Civil Veterinary Department. Madras. Admin. report 1910-25 - 1910-1925
Year: 1910
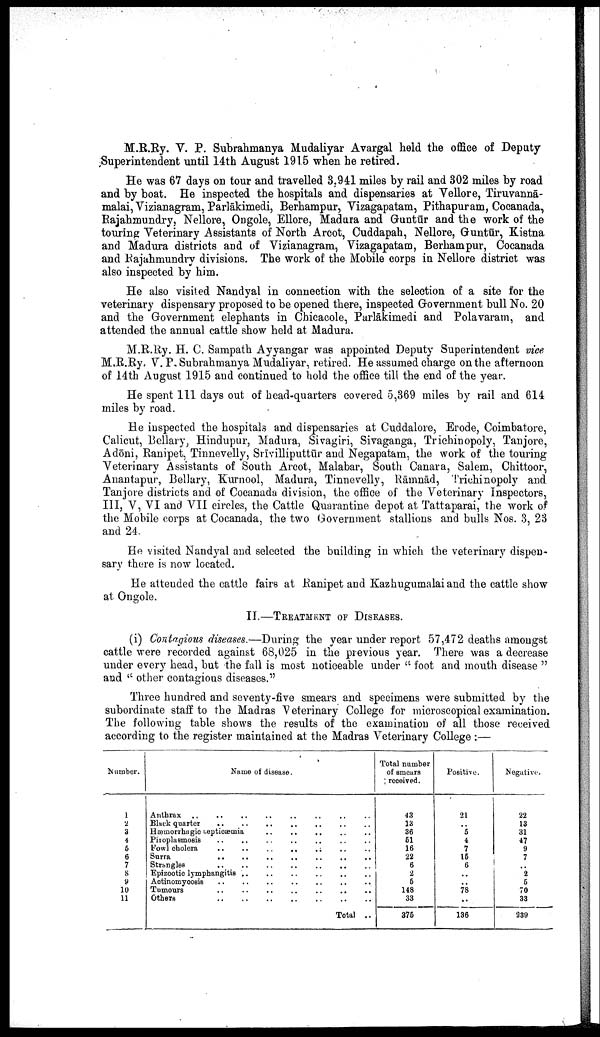
M.R.Ry. V. P. Subrahmanya Mudaliyar Avargal held the office of Deputy
Superintendent until 14th August 1915 when he retired.
He was 67 days on tour and travelled 3,941 miles by rail and 302 miles by road
and by boat. He inspected the hospitals and dispensaries at Vellore, Tiruvannā-
malai, Vizianagram, Parlākimedi, Berhampur, Vizagapatam, Pithapuram, Cocanada,
Rajahmundry, Nellore, Ongole, Ellore, Madura and Guntūr and the work of the
touring Veterinary Assistants of North Arcot, Cuddapah, Nellore, Guntūr, Kistna
and Madura districts and of Vizianagram, Vizagapatam, Berhampur, Cocanada
and Rajahmundry divisions. The work of the Mobile corps in Nellore district was
also inspected by him.
He also visited Nandyal in connection with the selection of a site for the
veterinary dispensary proposed to be opened there, inspected Government bull No. 20
and the Government elephants in Chicacole, Parlākimedi and Polavaram, and
attended the annual cattle show held at Madura.
M.R.Ry. H. C. Sampath Ayyangar was appointed Deputy Superintendent vice
M.R.Ry. V. P. Subrahmanya Mudaliyar, retired. He assumed charge on the afternoon
of 14th August 1915 and continued to hold the office till the end of the year.
He spent 111 days out of head-quarters covered 5,369 miles by rail and 614
miles by road.
He inspected the hospitals and dispensaries at Cuddalore, Erode, Coimbatore,
Calicut, Bellary, Hindupur, Madura, Sivagiri, Sivaganga, Trichinopoly, Tanjore,
Adōni, Ranipet, Tinnevelly, Srīvilliputtūr and Negapatam, the work of the touring
Veterinary Assistants of South Arcot, Malabar, South Canara, Salem, Chittoor,
Anantapur, Bellary, Kurnool, Madura, Tinnevelly, Rāmnād, Trichinopoly and
Tanjore districts and of Cocanada division, the office of the Veterinary Inspectors,
III, V, VI and VII circles, the Cattle Quarantine depot at Tattaparai, the work of
the Mobile corps at Cocanada, the two Government stallions and bulls Nos. 3, 23
and 24.
He visited Nandyal and selected the building in which the veterinary dispen
sary there is now located.
He attended the cattle fairs at Ranipet and Kazhugumalai and the cattle show
at Ongole.
II.—TREATMENT OF DISEASES.
(i) Contagious diseases.—During the year under report 57,472 deaths amongst
cattle were recorded against 68,025 in the previous year. There was a decrease
under every head, but the fall is most noticeable under " foot and mouth disease "
and " other contagious diseases."
Three hundred and seventy-five smears and specimens were submitted by the
subordinate staff to the Madras Veterinary College for microscopical examination.
The following table shows the results of the examination of all those received
according to the register maintained at the Madras Veterinary College :—
Number.
1
2
3
4
5
6
7
8
9
10
11
Name of disease.
Anthrax .. .. .. .. .. .. .. ..
Black quarter .. .. .. .. .. .. ..
Hæmorrhagio septioæmia .. .. .. .. ..
Piroplaemosis .. .. .. .. .. .. ..
Fowl cholera .. .. .. .. .. .. ..
Surra .. .. .. .. .. .. ..
Strangles .. .. .. .. .. .. ..
Epizootic lymphangitis .. .. .. .. .. ..
Actinomycosis .. .. .. .. .. .. ..
Tumours .. .. .. .. .. .. ..
Others
..
..
..
..
..
..
..
Total ..
Total number
of smears
received.
43
13
36
51
16
22
6
2
5
148
33
375
Positive.
21
..
5
4
7
15
6
..
..
78
..
136
Negative.
22
13
31
47
9
7
..
2
5
70
33
239